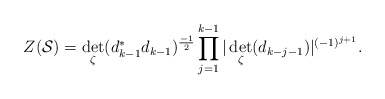
\begin{align*}Z({\cal S})=\det_\zeta (d_{k-1}^*d_{k-1})^{\frac{-1}{2}}\prod_{j=1}^{k-1}\vert \det_\zeta (d_{k-j-1}) \vert ^{(-1)^{j+1}}.\end{align*}